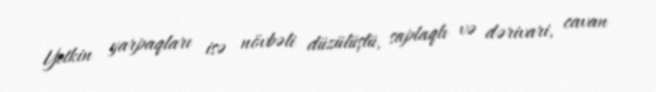
Yetkin yarpaqları isə növbəli düzülüşlü, saplaqlı və dərivari, cavan